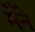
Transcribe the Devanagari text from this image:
मेँने